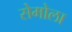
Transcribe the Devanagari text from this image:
सेमोला